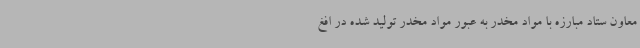
معاون ستاد مبارزه با مواد مخدر به عبور مواد مخدر تولید شده در افغ